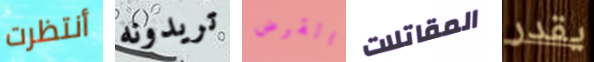
أنتظرت تريدونه القرض المقاتلات يقدر